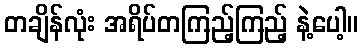
တချိန်လုံး အရိပ်တကြည့်ကြည့် နဲ့ပေါ့။